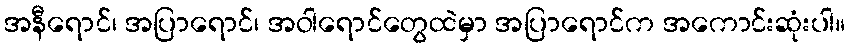
အနီရောင်၊ အပြာရောင်၊ အဝါရောင်တွေထဲမှာ အပြာရောင်က အကောင်းဆုံးပါ။